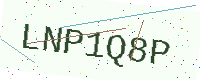
Text: LNP1Q8P